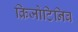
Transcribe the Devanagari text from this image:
क्रिजोटिनिब